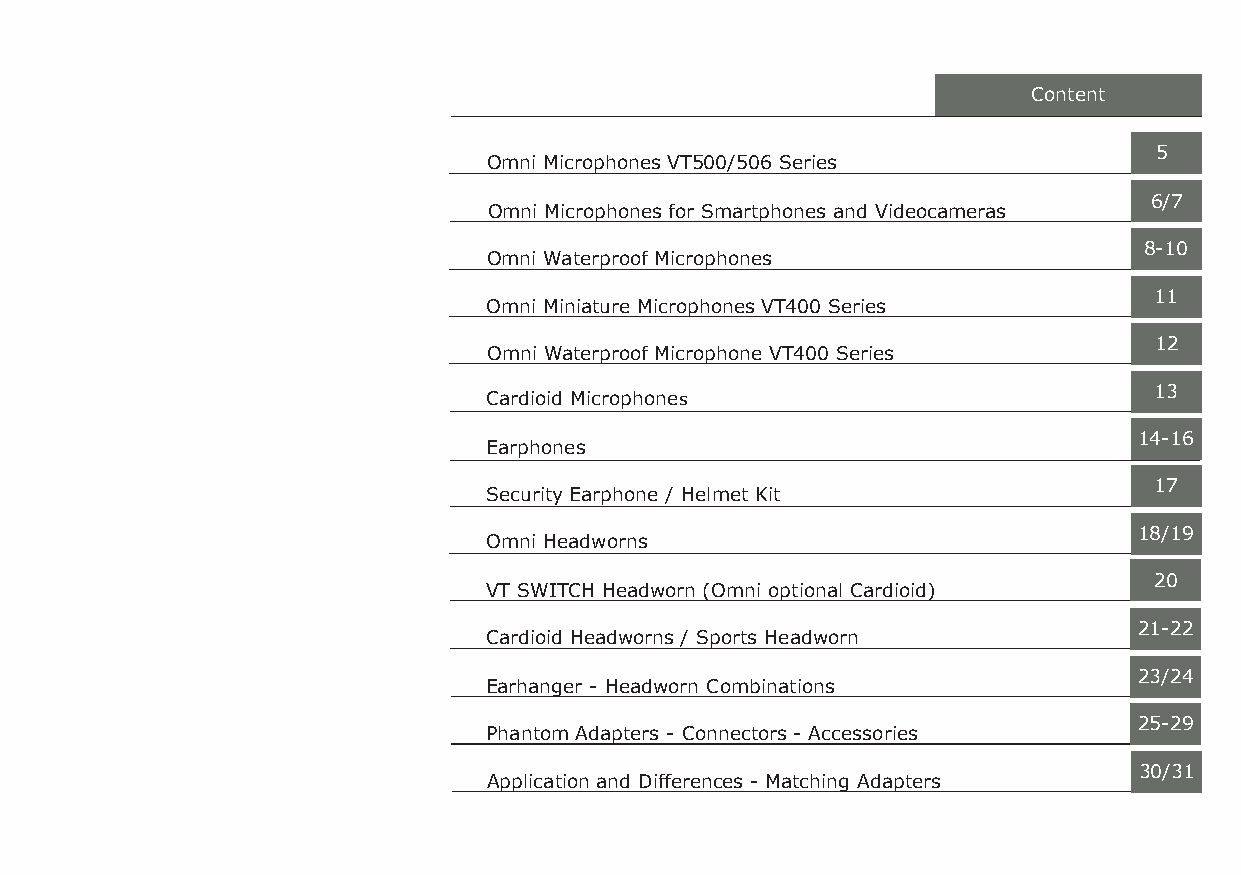
Content
 5
 Omni Microphones VT500/506 Series
 6/7
 Omni Microphones for Smartphones and Videocameras
 8-10
 Omni Waterproof Microphones
 11
 Omni Miniature Microphones VT400 Series
 12
 Omni Waterproof Microphone VT400 Series
 13
 Cardioid Microphones
 14-16
 Earphones
 17
 Security Earphone / Helmet Kit
 18/19
 Omni Headworns
 20
 VT SWITCH Headworn (Omni optional Cardioid)
 21-22
 Cardioid Headworns / Sports Headworn
 23/24
 Earhanger - Headworn Combinations
 25-29
 Phantom Adapters - Connectors - Accessories
 30/31
 Application and Differences - Matching Adapters